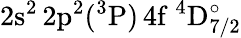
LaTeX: \mathrm{2s^{2}\, 2p^{2}(^{3}P)\, 4f~^{4}D_{7/2}^{\circ}}